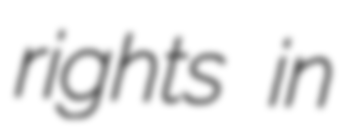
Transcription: rights in